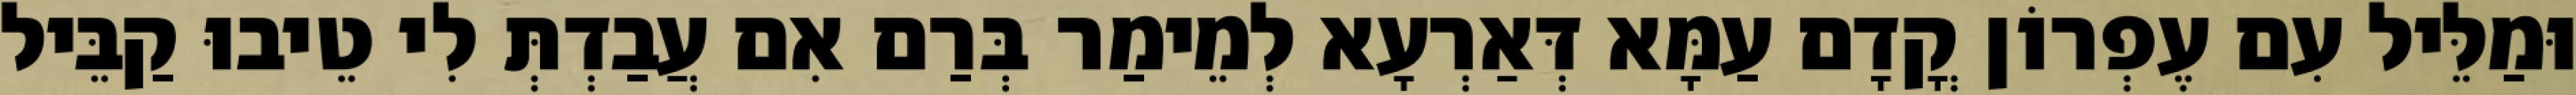
וּמַלֵּיל עִם עֶפְרוֹן קֳדָם עַמָּא דְּאַרְעָא לְמֵימַר בְּרַם אִם עֲבַדְתְּ לִי טֵיבוּ קַבֵּיל